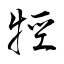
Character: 牼